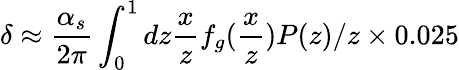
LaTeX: \delta\approx\frac{\alpha_{s}}{2\pi}\int_{0}^{1}dz\frac{x}{z}f_{g}(\frac{x}{z})P(z)/z\times 0.025